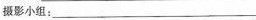
摄影小组：___